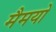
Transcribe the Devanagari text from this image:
मैमयो